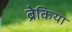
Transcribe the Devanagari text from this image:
ब्रेकिया